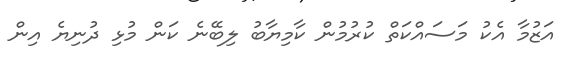
އަޒުމާ އެކު މަސައްކަތް ކުރުމުން ކާމިޔާބު ލިބޭނެ ކަން މުޅި ދުނިޔެ އިން